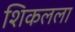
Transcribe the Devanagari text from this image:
शिकलला